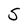
Character: S